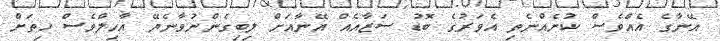
އޭނާގެ އެއްވެސް ކުށެއްނެތި އެވަރުގެ ބޮޑު ސަޒާއެއް އޭނާއަށް ލިބިގެންނުވާނެޔޭ އާހިލްވެސް ހިތަށް